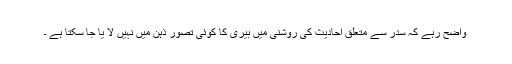
واضح رہے کہ سدر سے متعلق احادیث کی روشنی میں بیری کا کوئی تصور ذہن میں نہیں لا یا جا سکتا ہے ۔